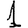
Digit: 1